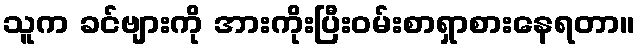
သူက ခင်ဗျားကို အားကိုးပြီးဝမ်းစာရှာစားနေရတာ။